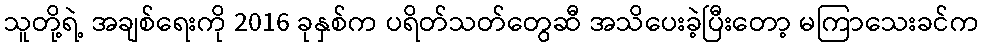
သူတို့ရဲ့ အချစ်ရေးကို 2016 ခုနှစ်က ပရိတ်သတ်တွေဆီ အသိပေးခဲ့ပြီးတော့ မကြာသေးခင်က